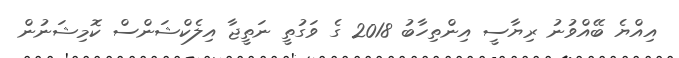
އިއްޔެ ބޭއްވުނު ރިޔާސީ އިންތިހާބު 2018 ގެ ވަގުތީ ނަތީޖާ އިލެކްޝަންސް ކޮމިޝަނުން